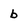
Character: b